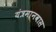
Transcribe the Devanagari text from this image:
यंत्रमानवास